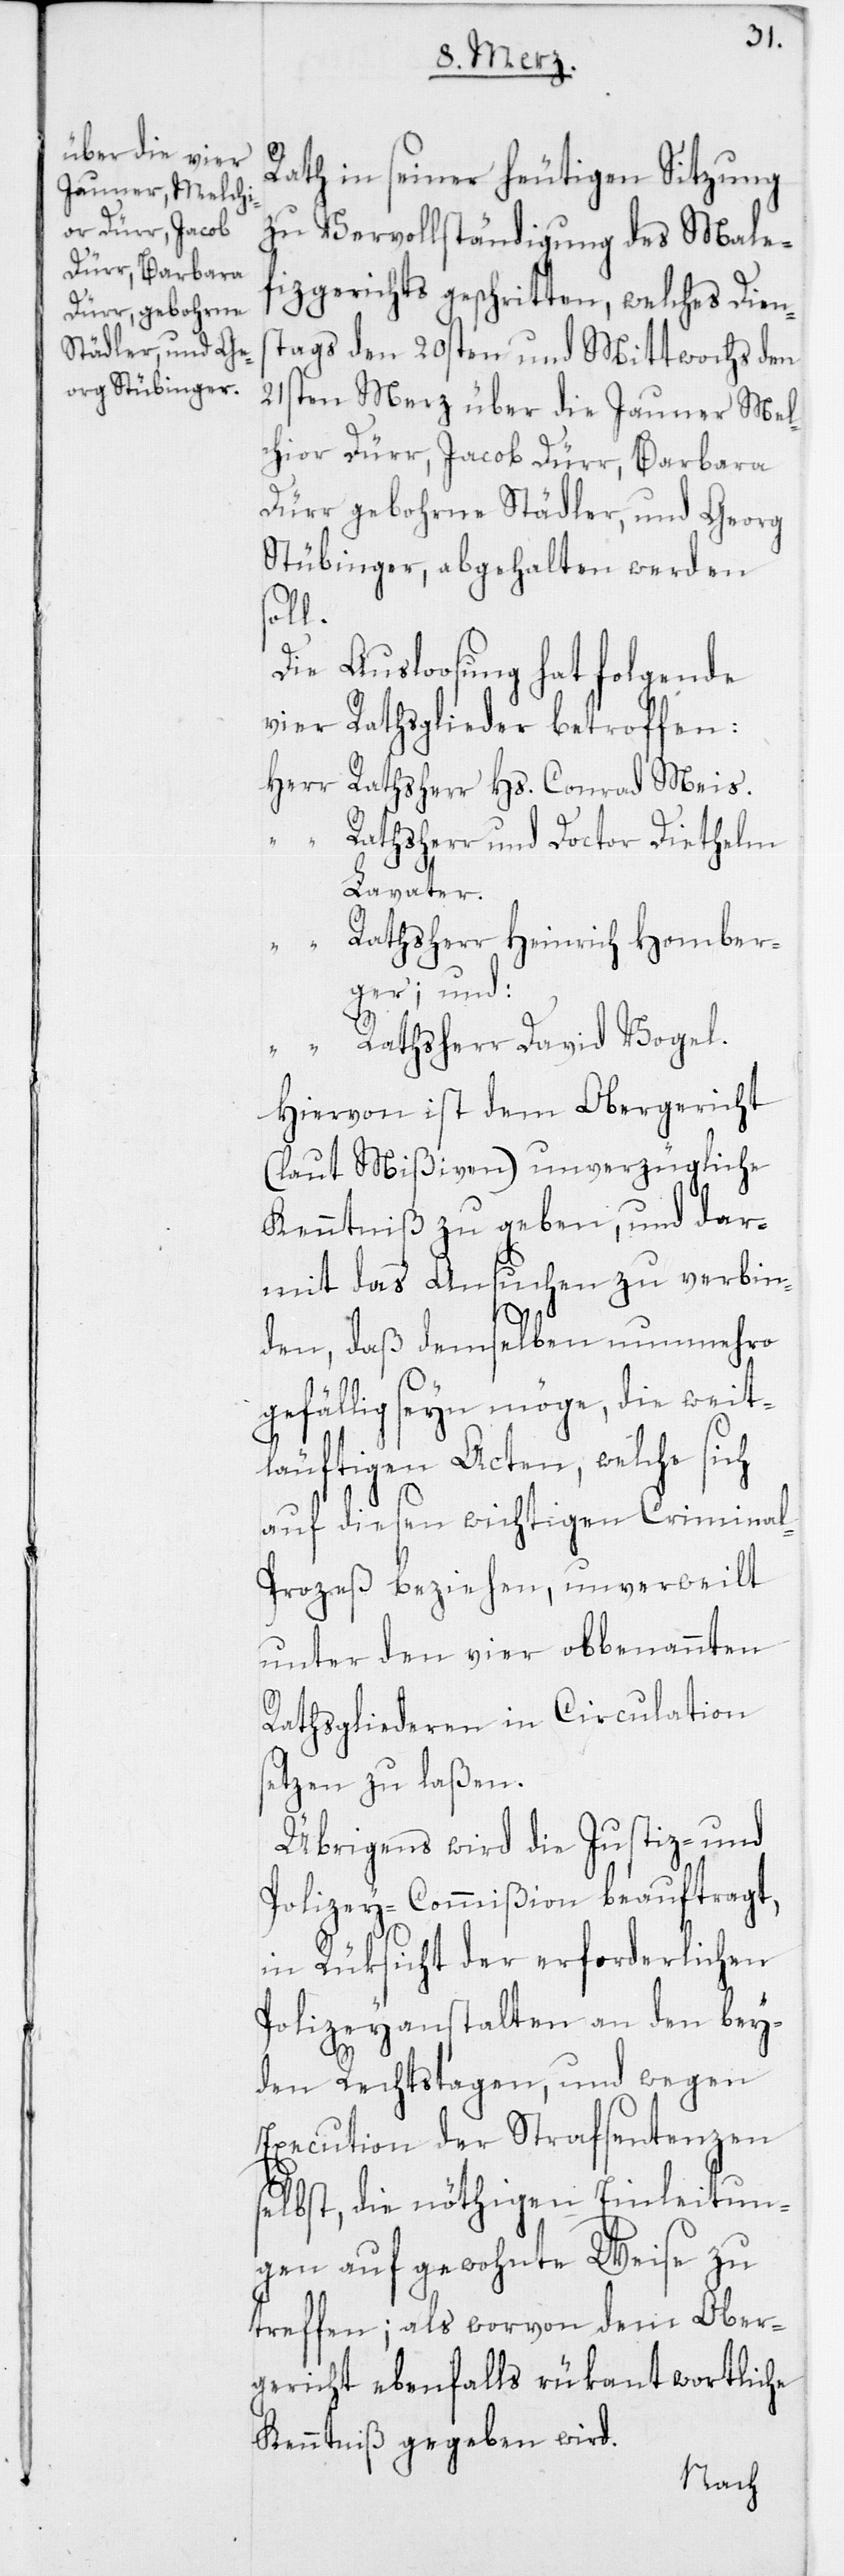
Rath in seiner heutigen Sitzung
zu Vervollständigung des Male¬
fizgerichts geschritten, welches Diens¬
tags den 20sten und Mittwochs den
21sten Merz über die Jauner Mel¬
chior Dürr, Jacob Dürr, Barbara
Dürr gebohrne Städler, und Georg
Stübinger, abgehalten werden
Die Ausloosung hat folgende
vier Rathsglieder betroffen:
Herr Rathsherr Hs. Conrad Meis.
Rathsherr und Doctor Diethelm
Lavater.
Rathsherr Heinrich Homber¬
ger; und:
“ Rathsherr David Vogel.
Hiervon ist dem Obergericht
(laut Mißiven) unverzügliche
Kenntniß zu geben, und dar¬
mit das Ansuchen zu verbin¬
den, daß demselben nunmehro
gefällig seyn möge, die weit¬
läufigen Acten, welche sich
auf diesen wichtigen Crimina¬
l-Prozeß beziehen, unverweilt
unter den vier obbenannten
Rathsgliederen in Circulation
setzen zu laßen.
Übrigens wird die Justiz- und
Polizey-Commißion beauftragt,
in Rüksicht der erforderlichen
Polizeyanstalten an den bey¬
den Rechtstagen, und wegen
Execution der Strafsentenzen
selbst, die nöthigen Einleitun¬
gen auf gewohnte Weise zu
treffen; als worvon dem Ober¬
gericht ebenfalls rükantwortliche
Kenntniß gegeben wird.